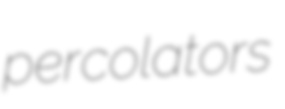
percolators